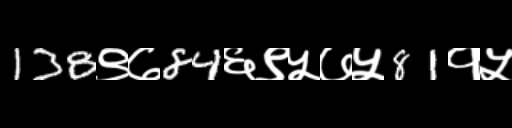
Text: 138९७84६९५७५81१५